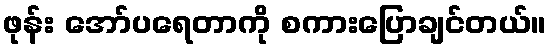
ဖုန်း အော်ပရေတာကို စကားပြောချင်တယ်။